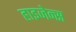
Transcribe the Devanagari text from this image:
हाइजेन्स